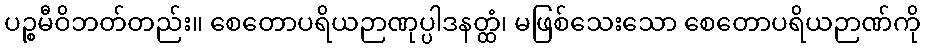
ပဉ္စမီဝိဘတ်တည်း။ စေတောပရိယဉာဏုပ္ပါဒနတ္ထံ၊ မဖြစ်သေးသော စေတောပရိယဉာဏ်ကို